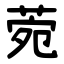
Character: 菀